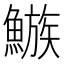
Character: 𩻀